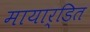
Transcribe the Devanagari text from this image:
मायार्डित